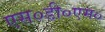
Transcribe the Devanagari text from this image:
एस०डी०एम०